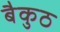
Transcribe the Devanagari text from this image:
बैकुठ